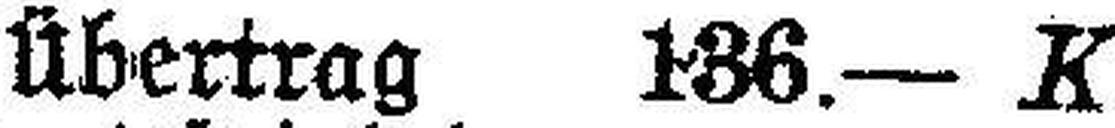
Übertrag 136.— K